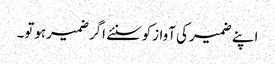
اپنے ضمیرکی آوازکوسنئے اگرضمیرہوتو۔